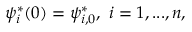
\psi _ { i } ^ { * } ( 0 ) = \psi _ { i , 0 } ^ { * } , \ i = 1 , . . . , n ,